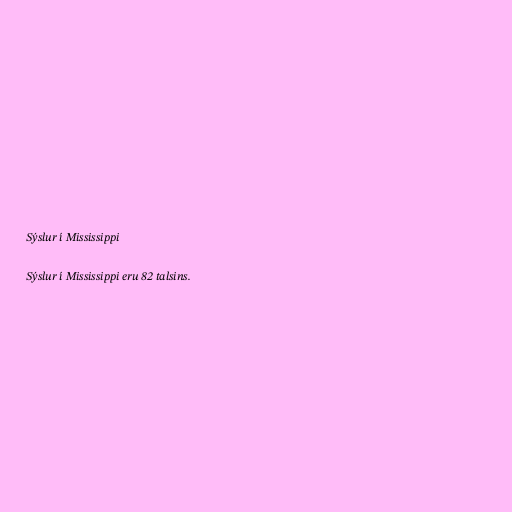
Sýslur í Mississippi

Sýslur í Mississippi eru 82 talsins.